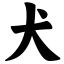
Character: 犬